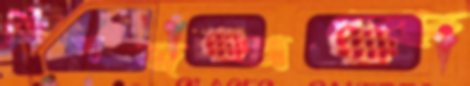
ডিপজলকে